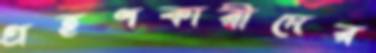
গ্রহণকারীদের